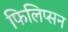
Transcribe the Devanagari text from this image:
फिलिप्सन